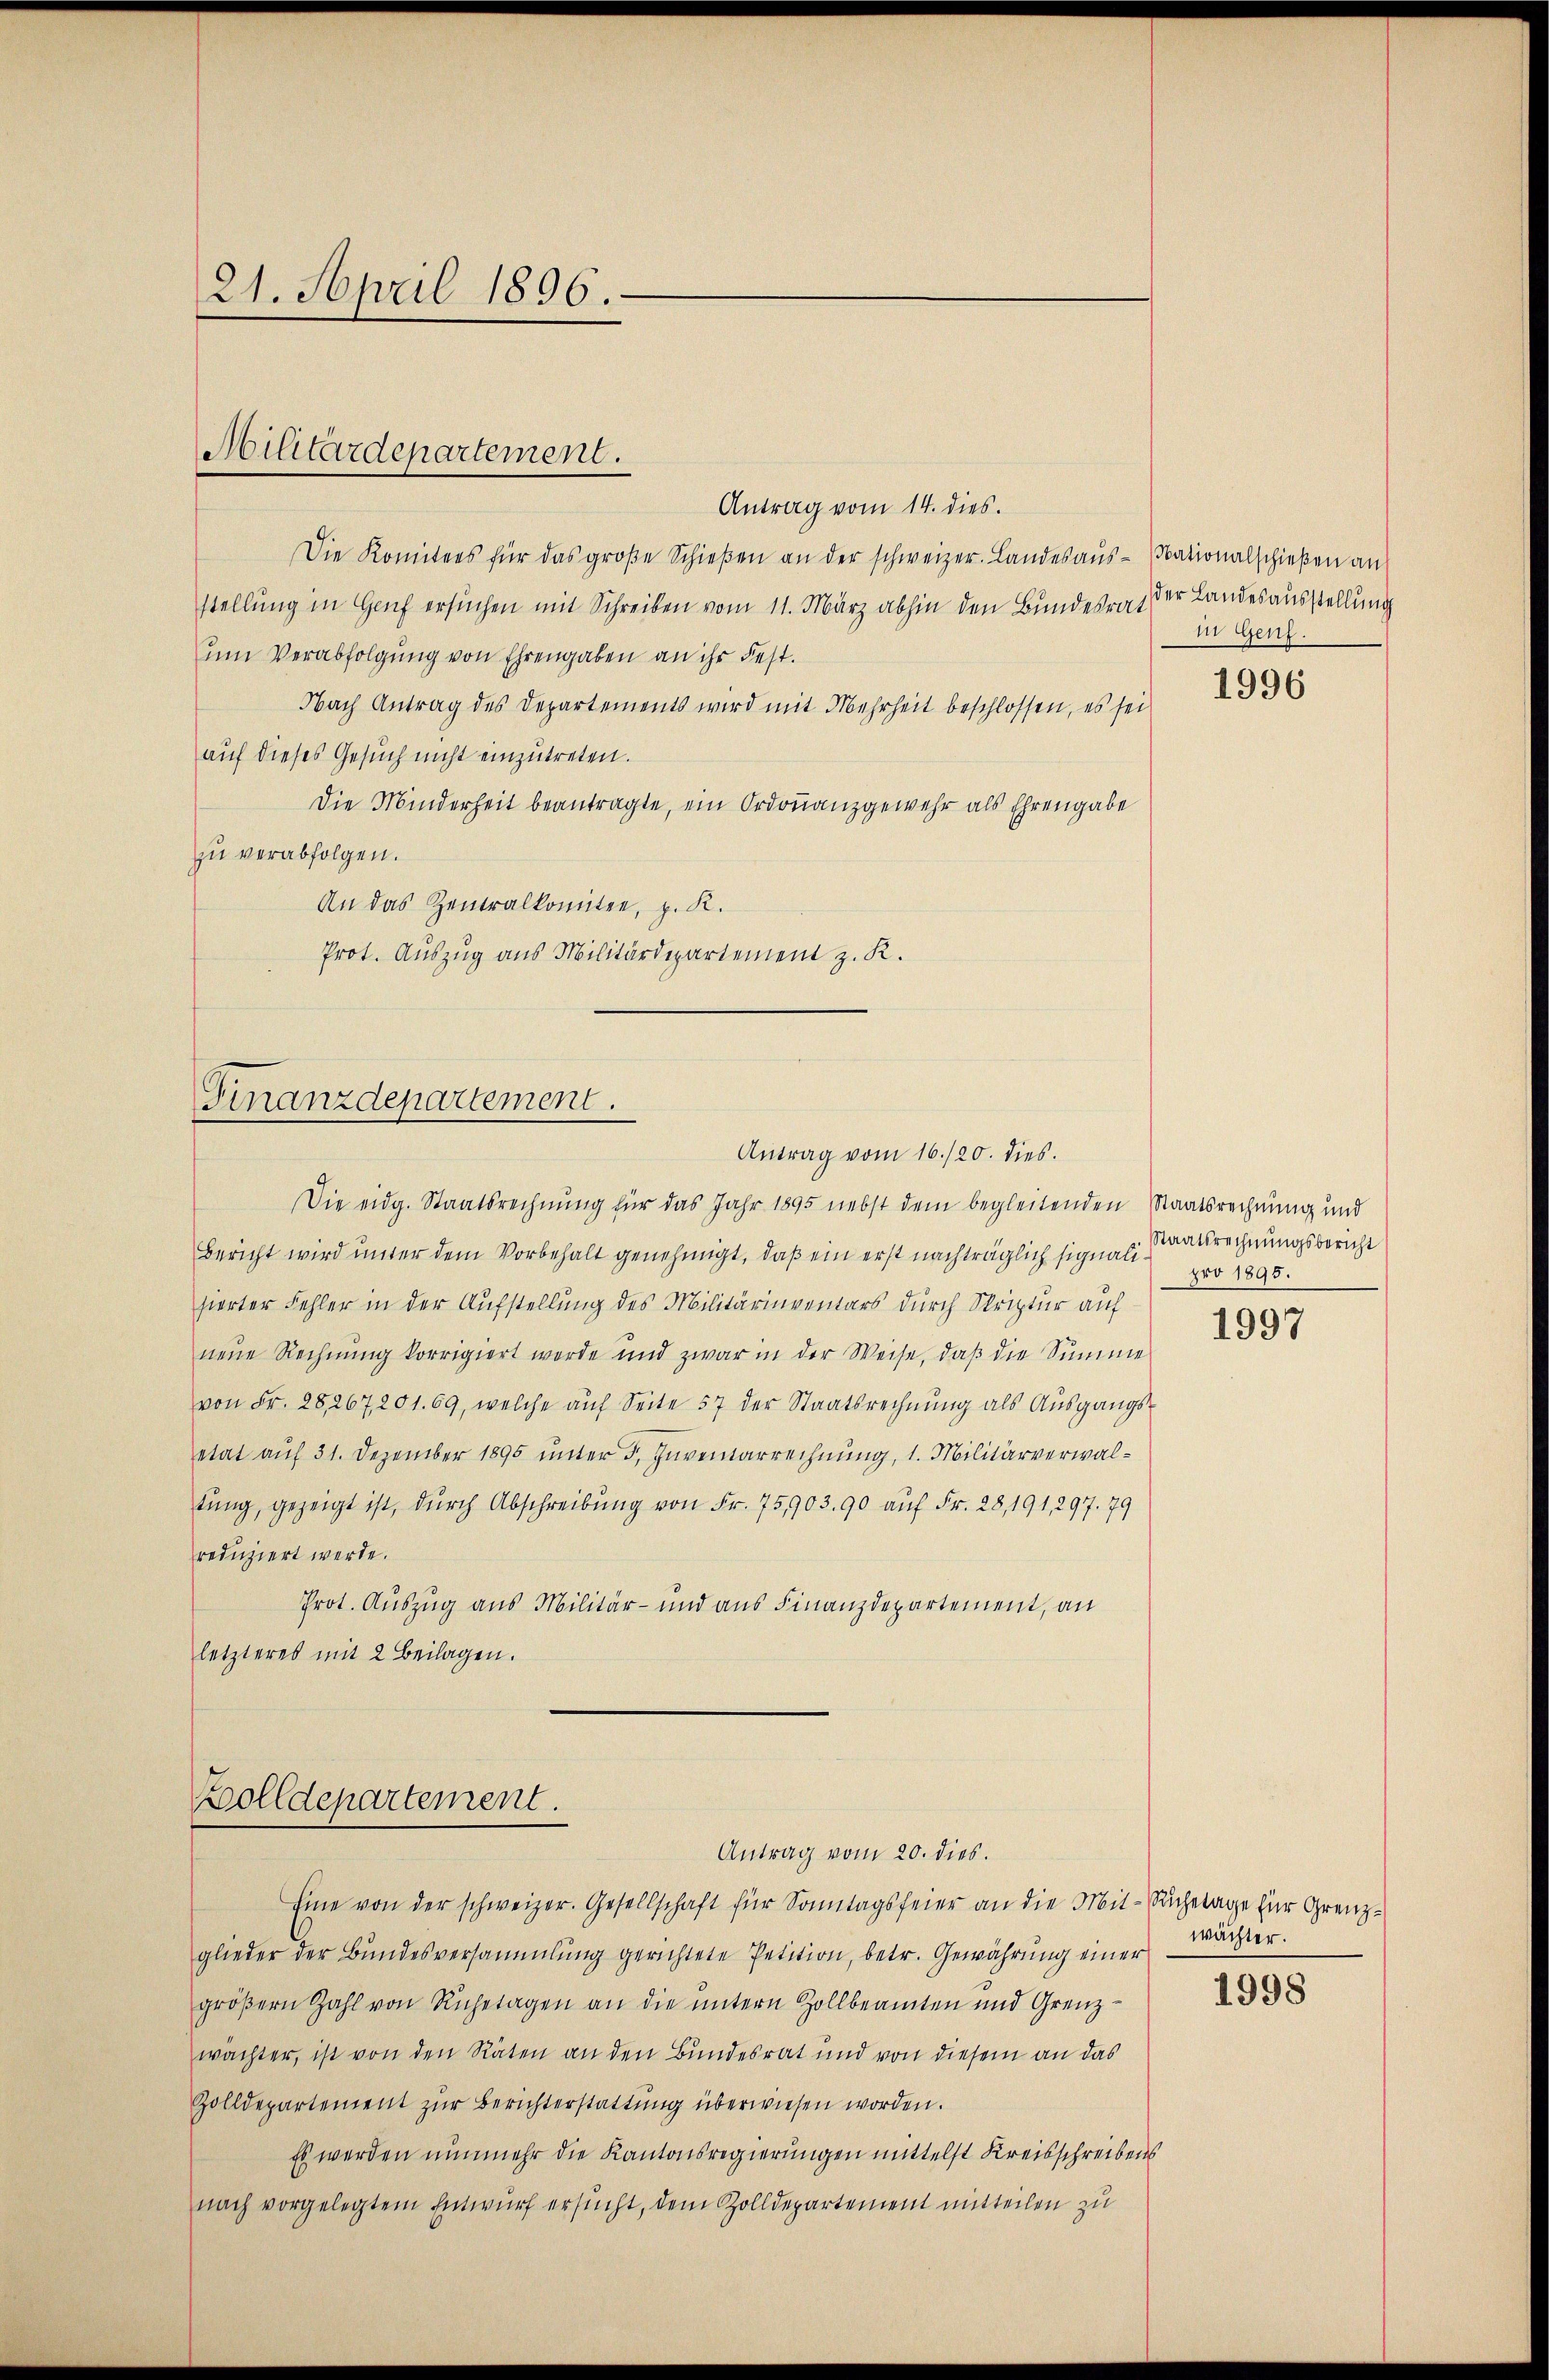
21. April 1896.

Antrag vom 14. dies.
Die Komitees für das große Schieβen an der schweizer. Landesaus-Pationalschießen an
stellung in Genf ersuchen mit Schreiben vom 11. März abhin den Bundesrat
um Verabfolgung von Ehrengaben an ihr Fest.
Nach Antrag des Departements wird mit Mehrheit beschlossen, es sei
auf dieses Gesuch nicht einzutreten.
Die Minderheit beantragte, ein Ordonanzgewehr als Ehrengabe
zu verabfolgen.
An das Zentralkomiten, z. R.
Prot. Auszug aus Militärdepartement z. K.

Militärdepartement.

Finanzdepartement.
Antrag vom 16./20. dies.

Zolldepartement.
Antrag vom 20. dies.

Die eidg. Staatsrechnung für das Jahr 1895 nebst dem begleitenden Staatsrechnung und
Bericht wird unter dem Vorbehalt genehmigt, daß ein erst nachträglich signalisierter Fehler in der Aufstellung des Militärinventars durch Striptur auf
neue Rechnung korrigiert werde und zwar in der Weise, daβ die Summe
von Fr. 25,267, 201. 69, welche auf Seite 57 der Staatsrechnung als Ausgangsetat auf 31. Dezember 1895 unter 5. Zuvernarrechnung, 1. Militärverwaltŭng, gezeigt ist, durch Abschreibŭng von Fr. 75903. 90 auf Fr. 28, 191, 297. 79
reduziert werde.
Prot. Auszug aus Militär- und aus Finanzdepartement, an
letzteres mit 2 Beilagen.

Eine von der schweizer. Gesellschaft für Sonntagsfeier an die Mit-Sachetage für Grenz-
glieder der Bundesversammlung gerichtete Petition, betr. Gewährung einer
gröβern Zahl von Ruhetagen an die untern Zollbeamten und Grenz-
wächter, ist von den Räten an den Bundesrat und von diesem an das
Zolldepartement zur Berichterstattung überwiesen worden.
Es werden nunmehr die Kantonsregierungen mittelst Kreisschreibens
nach vorgelegtem Entwŭrf ersŭcht, dem Zolldepartement mitteilen zu

der Landesausstellung
in Genf.

1996

Staatsrechnungsbericht
pro 1895.

1997

wächter.

1998